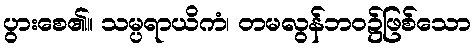
ပွားစေ၏။ သမ္ပရာယိကံ၊ တမလွန်ဘဝ၌ဖြစ်သော